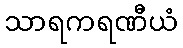
သာရကရဏီယံ